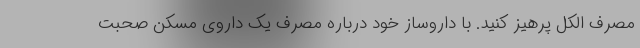
مصرف الکل پرهیز کنید. با داروساز خود درباره مصرف یک داروی مسکن صحبت